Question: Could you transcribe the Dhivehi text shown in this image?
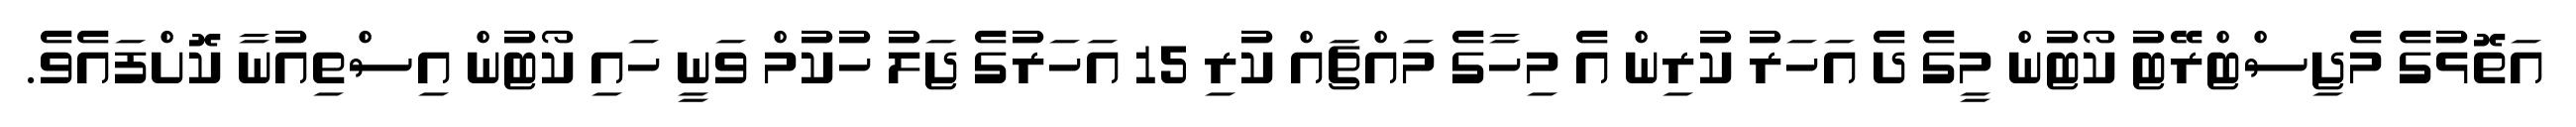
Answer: އަތޮޅުގެ މެޖިސްޓްރޭޓު ކޯޓުން މީގެ ދެ އަހަރު ކުރިން އެ މިހާގެ މައްޗައް ކުރި 15 އަހަރުގެ ޖަލު ހުކުމް ވަނީ ހައި ކޯޓުން އިސްތިއުނާ ކޮށްފައެވެ.